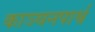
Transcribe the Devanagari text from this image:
काञ्चनपार्श्व